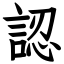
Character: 認